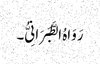
رَوَاہُ الطَّبَرَانِیُّ۔